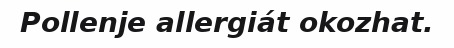
Pollenje allergiát okozhat.